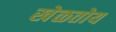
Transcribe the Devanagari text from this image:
खेळतोय